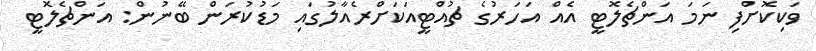
ވަކިކޮށްފި ނަމަ އަންޗެލޮޓީ އެއް އަހަރުގެ ޗުއްޓީއަކަށްރެއާލުގައި މަޑުކުރަން ބޭނުން: އަންޗެލޮޓީ